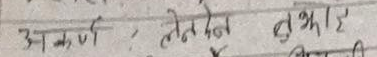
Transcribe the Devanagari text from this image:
आकर्षण, लेनदेन शुभम्